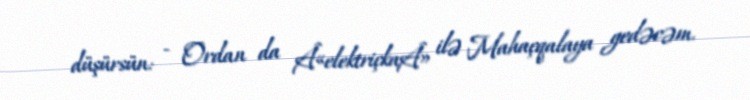
düşürsün: - Ordan da Â«elektriçkaÂ» ilə Mahaçqalaya gedəcəm.